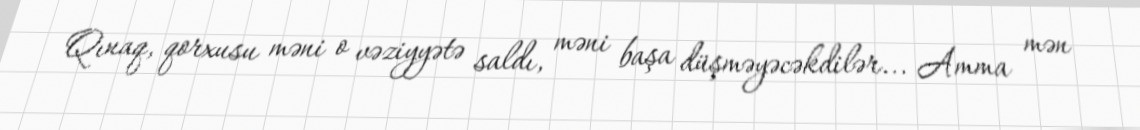
Qınaq, qorxusu məni o vəziyyətə saldı, məni başa düşməyəcəkdilər... Amma mən